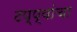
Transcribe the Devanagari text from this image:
टप्प्यांचा